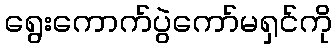
ရွေးကောက်ပွဲကော်မရှင်ကို